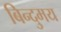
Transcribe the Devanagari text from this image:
बिन्दुमय